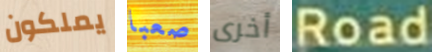
يملكون صعبا أخرى Road